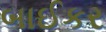
બાઈકર